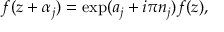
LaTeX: f ( z + \alpha _ { j } ) = \exp ( a _ { j } + i \pi n _ { j } ) f ( z ) ,